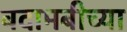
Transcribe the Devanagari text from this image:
बदामबीच्या